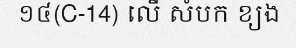
១៤(C-14) លើ សំបក ខ្យង